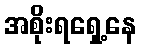
အစိုးရရှေ့နေ